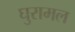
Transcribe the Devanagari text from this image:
घुरामल